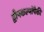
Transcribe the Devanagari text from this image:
द्वीपकल्पांपैकी